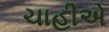
ચાહીએ